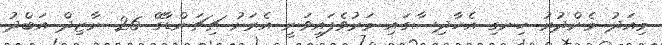
މިއަދު މެންދުރު ހިނގި އެހާދިސާގައި މަރުވެފައިވަނީ އެރަށު ޗިޗަންޑާގޭ 26 ނާޒިދް އަބްދު